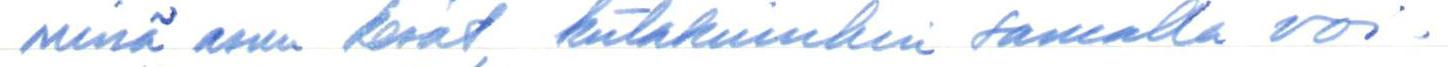
missä asun kesät,  kutakuinkin samalla voi-